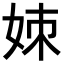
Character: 𪥱